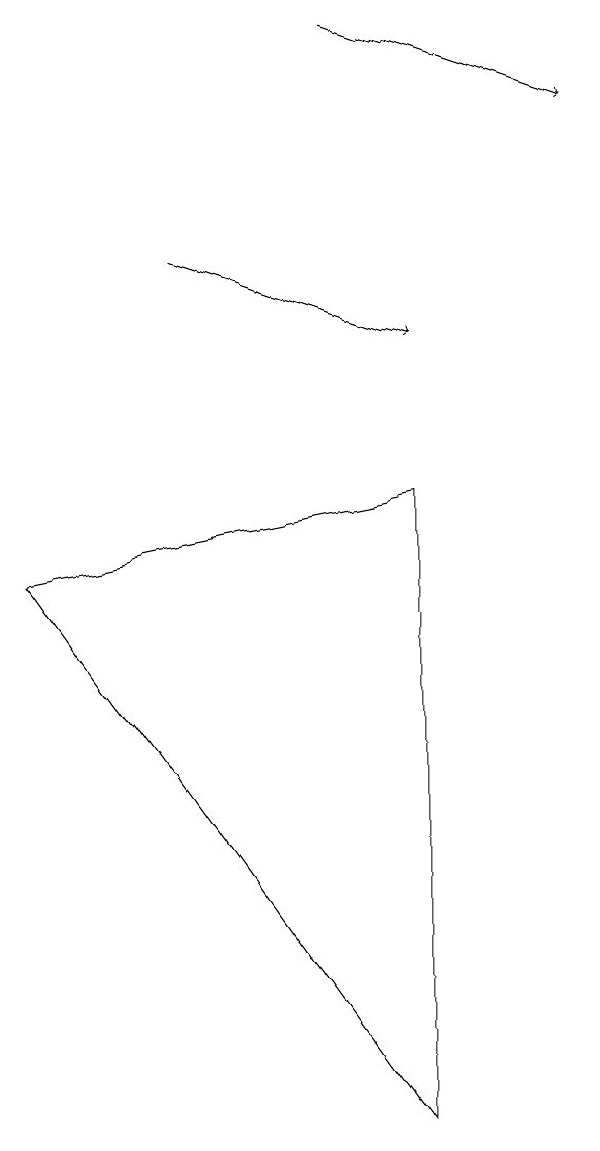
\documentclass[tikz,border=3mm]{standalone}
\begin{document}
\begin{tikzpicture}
\draw[->] (3,11) -- (6,10);
\draw[->] (5,14) -- (8,13);
\draw (6,8) -- (6,0) -- (1,7) -- cycle;
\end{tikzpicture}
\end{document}